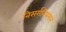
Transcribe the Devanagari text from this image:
निसर्गनियमाने